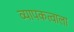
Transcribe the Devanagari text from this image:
व्यापकत्वाला